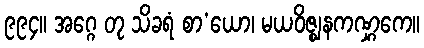
၉၉၄။ အဂ္ဂေ တု သိခရံ စာ’ယော၊ မယဝိဇ္ဈနကဏ္ဋကေ။